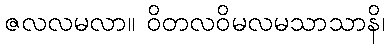
ဇလလမလာ။ ဝိတလဝိမလမသာသာနိ၊